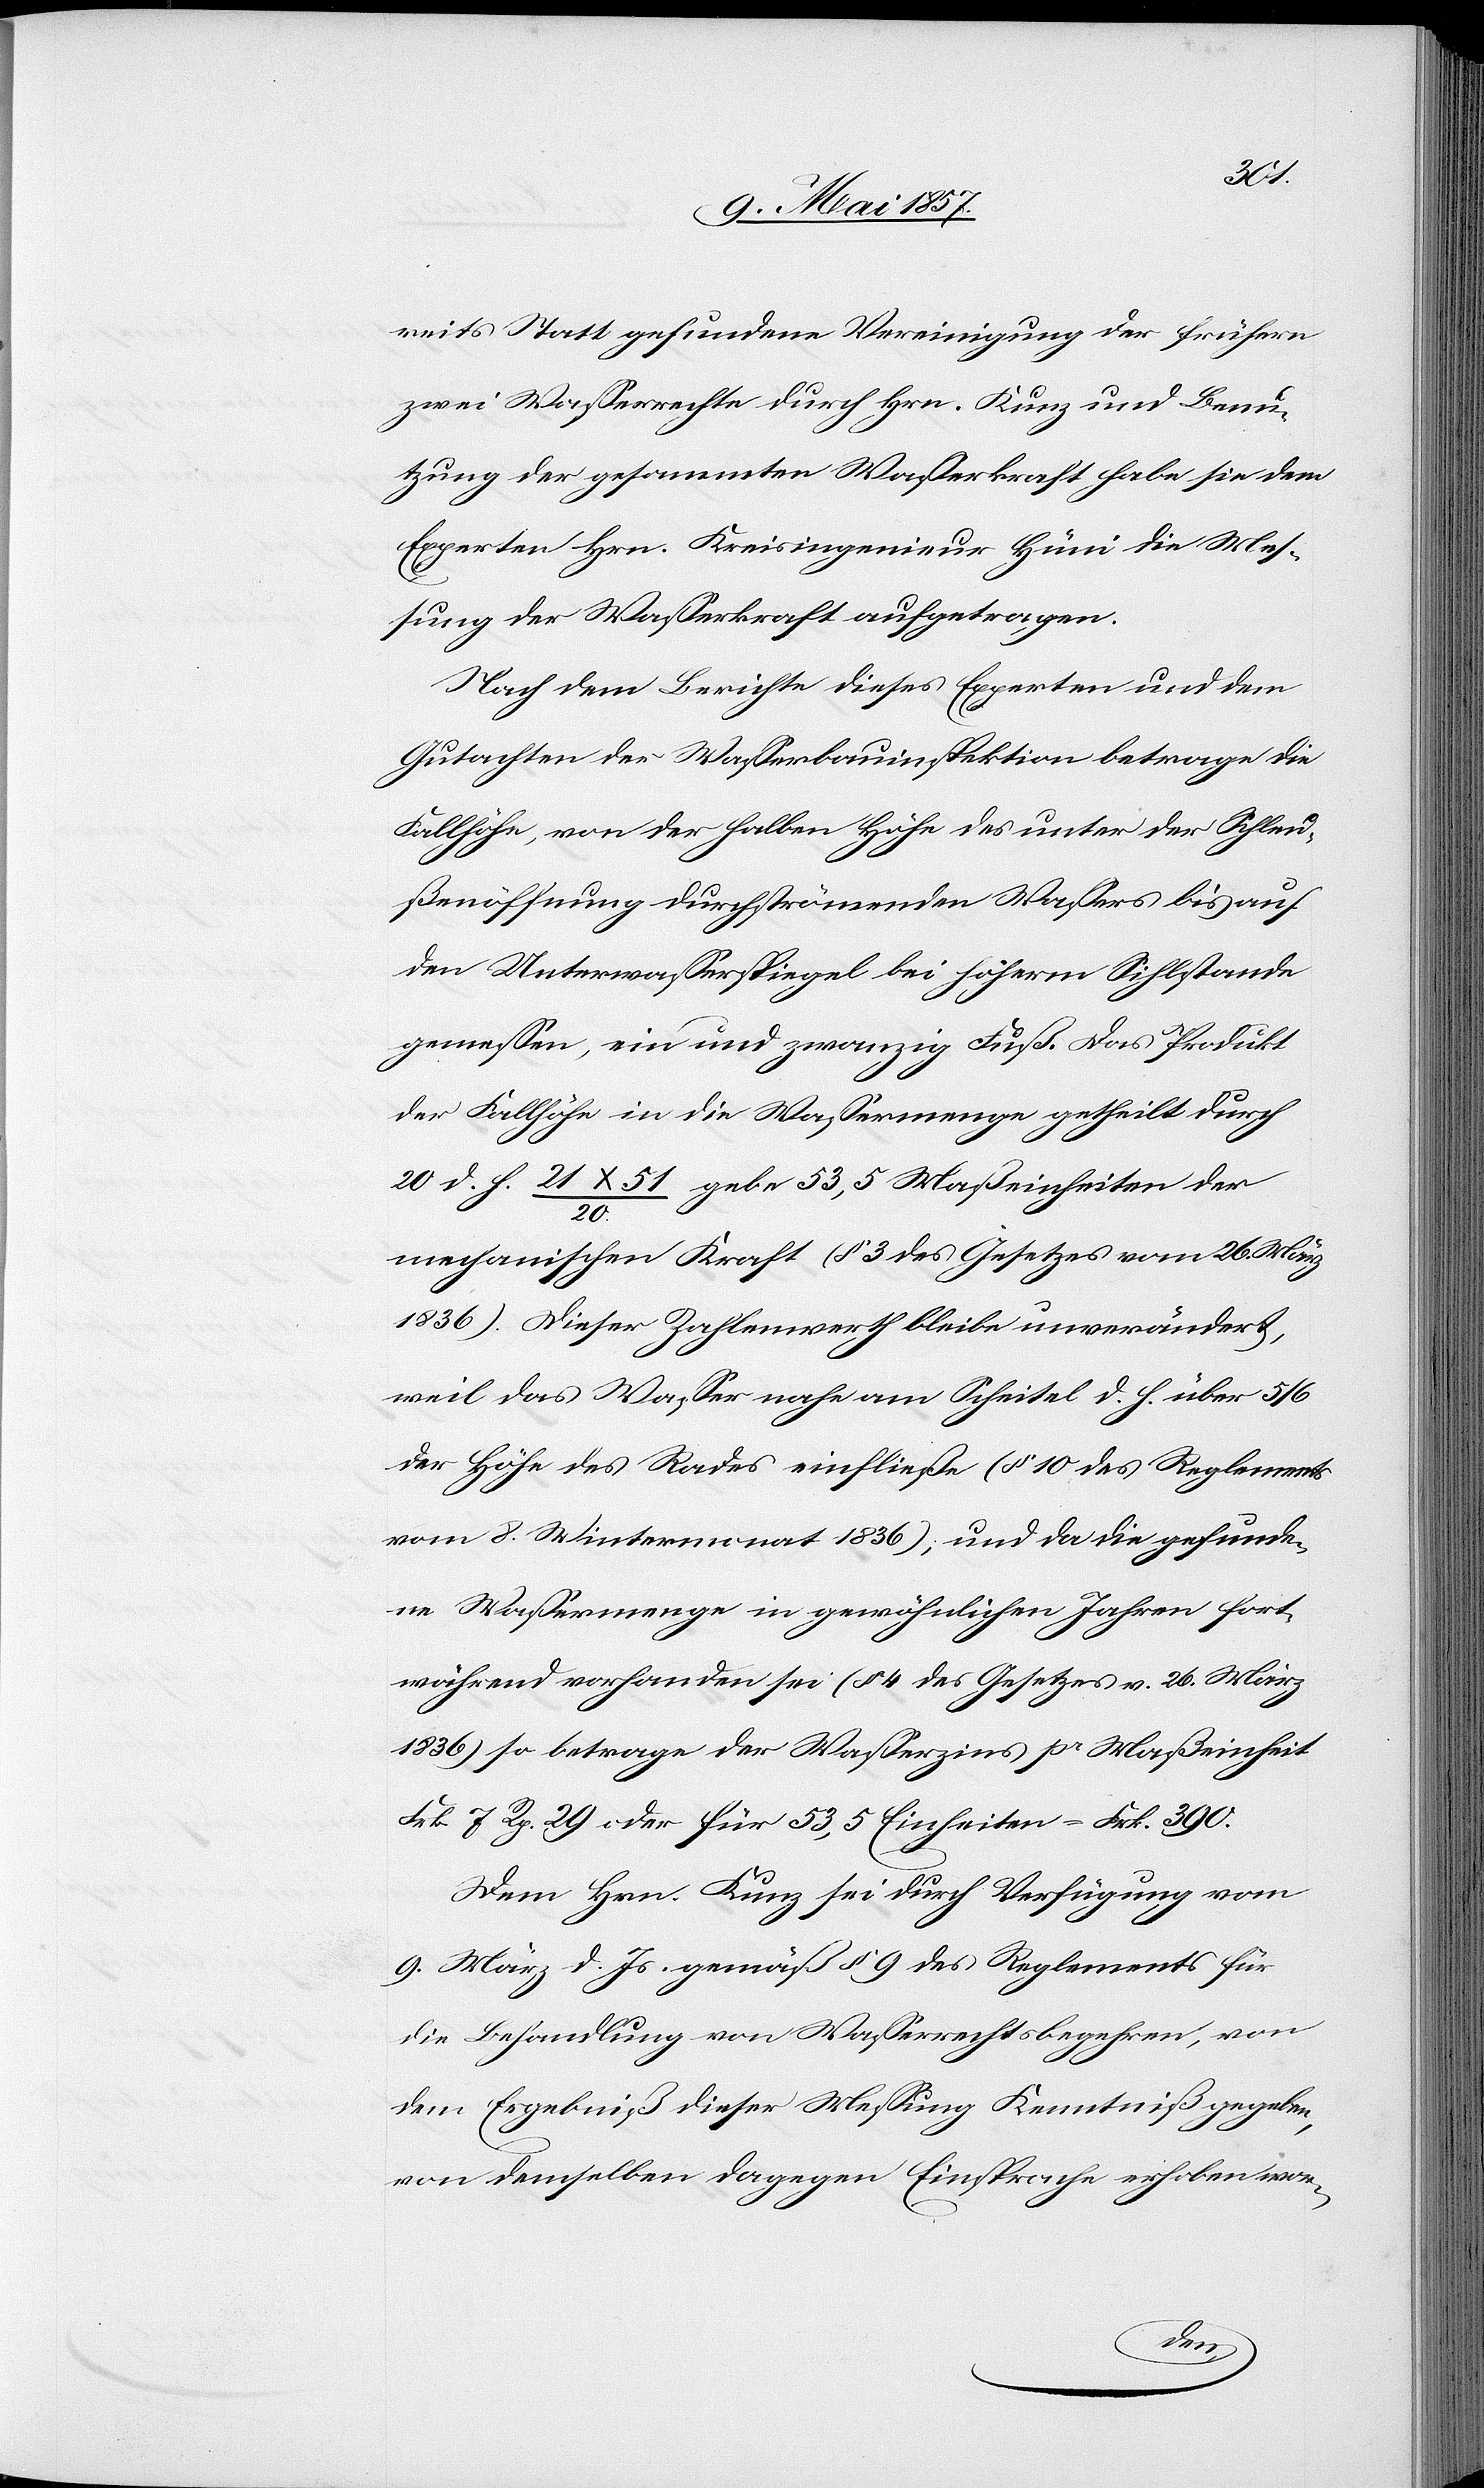
reits Statt gefundene Vereinigung der frühern
zwei Wasserrechte durch Hrn. Kunz und Benu¬
tzung der gesammten Wasserkraft habe sie den
Experten Hrn. Kreisingenieur Hüni die Mes¬
sung der Wasserkraft aufgetragen.
Nach dem Berichte dieses Experten und dem
Gutachten der Wasserbauinspektion betrage die
Fallhöhe, von der halben Höhe des unter der Schleu¬
ßenöffnung durchströmenden Wassers bis auf
den Unterwasserspiegel bei höherm Sihlstande
gemessen, ein und zwanzig Fuß. Das Produkt
der Fallhöhe in die Wassermenge getheilt durch
20 d. h. 21x51/20 gebe 53,5 Maßeinheiten der
mechanischen Kraft (§ 3 des Gesetzes vom 26 März
1836). Dieser Zahlenwerth bleibe unverändert,
weil das Wasser nahe am Scheitel d. h. über 5/6
der Höhe des Rades einfliesse (§ 10 des Reglements
vom 8 Wintermonat 1836), und da die gefunde¬
ne Wassermenge in gewöhnlichen Jahren fort¬
während vorhanden sei (§ 4 des Gesetzes v. 26 März
1836) so betrage der Wasserzins pr. Maßeinheit
Frk 7 Rp. 29 oder für 53,5 Einheiten = Frk. 390.
Dem Hrn. Kunz sei durch Verfügung vom
9 März d. Js. gemäß § 9 des Reglements für
die Behandlung von Wasserrechtsbegehren, von
dem Ergebniß dieser Messung Kenntniß gegeben,
von demselben dagegen Einsprache erhoben wor-